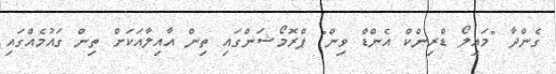
ގެންދާ "މައިލޯ ޑްރިންކް އެންޑް ވިން" ޕްރޮމޯޝަންގައި ތިން އާއިލާއަކަށް ތިން ގައުމެއްގައި